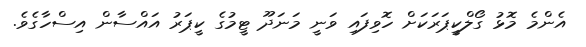
އެންމެ މޮޅު ގޯލްކީޕަރަކަށް ހޮވިފައި ވަނީ މަނަދޫ ޓީމުގެ ކީޕަރު އައްސާން އިސްހާގެވެ.